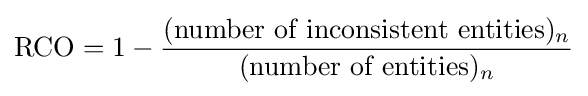
{\text{RCO}}=1-{\frac {({\text{number of inconsistent entities}})_{n}}{({\text{number of entities}})_{n}}}